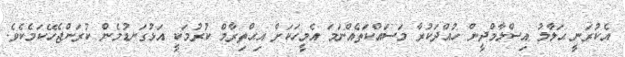
އެކުރަނީ ޙަލާލު އިސްލާމްދީން ހުއްދަކުރާ މަސައްކަތެއްނަމަ އެމީހަކަށް އިޙްތިރާމް ކުރުމަކީ އަޅުގަނޑުމެން ކުރަންޖެހޭކަމެކެވެ.